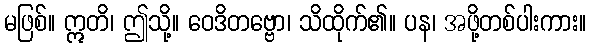
မဖြစ်။ ဣတိ၊ ဤသို့။ ဝေဒိတဗ္ဗော၊ သိထိုက်၏။ ပန၊ အဖို့တစ်ပါးကား။